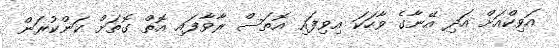
އަވިކްއަށް އަދި އޭނާގެ ވާހަކަ އިވިފައި އޮތަސް ރާވާފައި އޮތް ގޮތަށް ކަންކުރަން